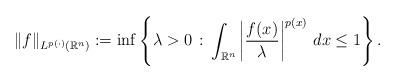
LaTeX: \begin{align*}\| f \|_{L^{p(\cdot)}(\mathbb{R}^n)}:=\inf\left\{\lambda >0 \, : \, \int_{\mathbb{R}^n} \left| \frac{f(x)}{\lambda} \right|^{p(x)} \, dx \le 1\right\} .\end{align*}